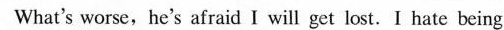
What's worse,he's afraid I will get lost.I hate being